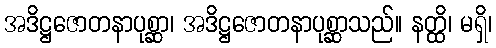
အဒိဋ္ဌဇောတနာပုစ္ဆာ၊ အဒိဋ္ဌဇောတနာပုစ္ဆာသည်။ နတ္ထိ၊ မရှိ၊